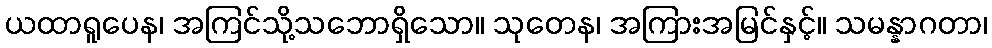
ယထာရူပေန၊ အကြင်သို့သဘောရှိသော။ သုတေန၊ အကြားအမြင်နှင့်။ သမန္နာဂတာ၊